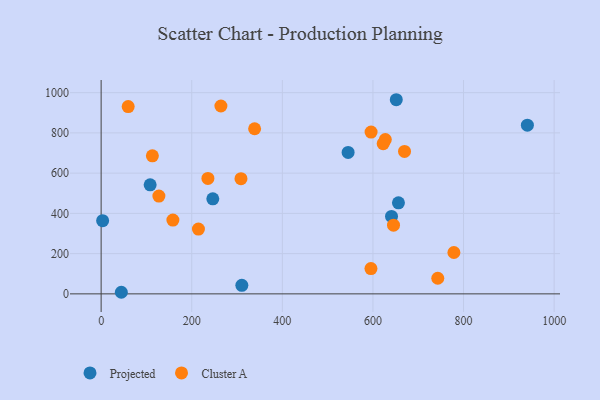
{"axis": {"x": "Speed", "y": "Sales"}, "legend": ["Cluster A", "Projected"], "data": [{"x": "651.5", "y": 964.9, "type": "Projected"}, {"x": "545.2", "y": 702.9, "type": "Projected"}, {"x": "246.5", "y": 472.3, "type": "Projected"}, {"x": "3.3", "y": 363.6, "type": "Projected"}, {"x": "656.3", "y": 452.4, "type": "Projected"}, {"x": "310.6", "y": 42.2, "type": "Projected"}, {"x": "940.9", "y": 838.5, "type": "Projected"}, {"x": "108.2", "y": 541.9, "type": "Projected"}, {"x": "44.6", "y": 7.9, "type": "Projected"}, {"x": "641.0", "y": 384.8, "type": "Projected"}, {"x": "59.7", "y": 930.7, "type": "Cluster A"}, {"x": "235.7", "y": 573.8, "type": "Cluster A"}, {"x": "264.4", "y": 933.6, "type": "Cluster A"}, {"x": "743.1", "y": 77.6, "type": "Cluster A"}, {"x": "214.8", "y": 322.2, "type": "Cluster A"}, {"x": "338.8", "y": 820.7, "type": "Cluster A"}, {"x": "627.3", "y": 766.7, "type": "Cluster A"}, {"x": "308.7", "y": 572.4, "type": "Cluster A"}, {"x": "113.1", "y": 686.2, "type": "Cluster A"}, {"x": "158.4", "y": 366.5, "type": "Cluster A"}, {"x": "645.4", "y": 341.3, "type": "Cluster A"}, {"x": "595.9", "y": 804.1, "type": "Cluster A"}, {"x": "622.6", "y": 746.5, "type": "Cluster A"}, {"x": "778.7", "y": 205.6, "type": "Cluster A"}, {"x": "595.6", "y": 125.9, "type": "Cluster A"}, {"x": "669.7", "y": 708.1, "type": "Cluster A"}, {"x": "127.5", "y": 485.8, "type": "Cluster A"}]}